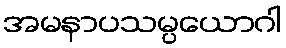
အမနာပသမ္ပယောဂါ